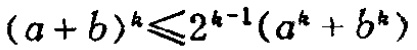
\((a + b)^k\leqslant2^{k - 1}(a^k + b^k)\)